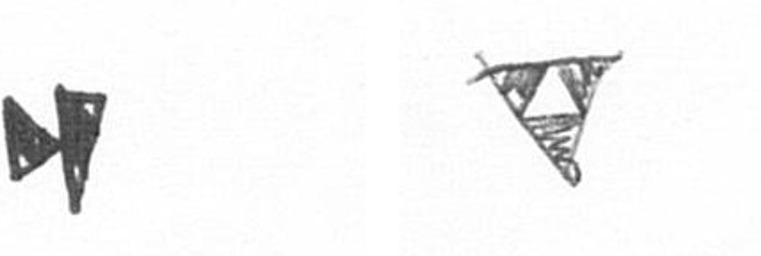
M S